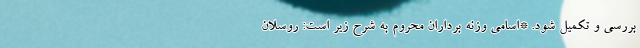
بررسی و تکمیل شود. *اسامی وزنه برداران محروم به شرح زیر است: روسلان